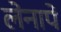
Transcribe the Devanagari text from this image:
लेनापे